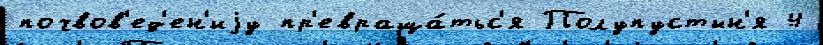
почвов'ед'ен'иjу пр'евраща́тьс'я Полупустын'я 4